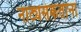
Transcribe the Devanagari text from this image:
नाट्यसंकेतांना